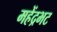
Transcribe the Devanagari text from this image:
महेंद्रभट